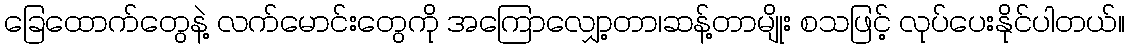
ခြေထောက်တွေနဲ့ လက်မောင်းတွေကို အကြောလျှော့တာ၊ဆန့်တာမျိုး စသဖြင့် လုပ်ပေးနိုင်ပါတယ်။